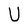
Character: U